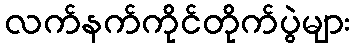
လက်နက်ကိုင်တိုက်ပွဲများ